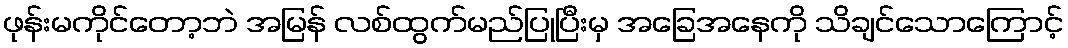
ဖုန်းမကိုင်တော့ဘဲ အမြန် လစ်ထွက်မည်ပြုပြီးမှ အခြေအနေကို သိချင်သောကြောင့်